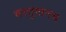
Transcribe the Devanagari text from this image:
वस्तुमानच